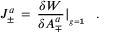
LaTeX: J _ { \pm } ^ { a } \, = \, { \frac { \delta W } { \delta A _ { \mp } ^ { a } } } \vert _ { _ { g = { \bf 1 } } } \, \, \, \, .